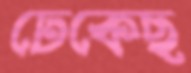
ঢেকেছ